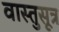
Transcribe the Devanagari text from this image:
वास्तुसूत्र